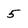
Character: 5